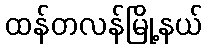
ထန်တလန်မြို့နယ်